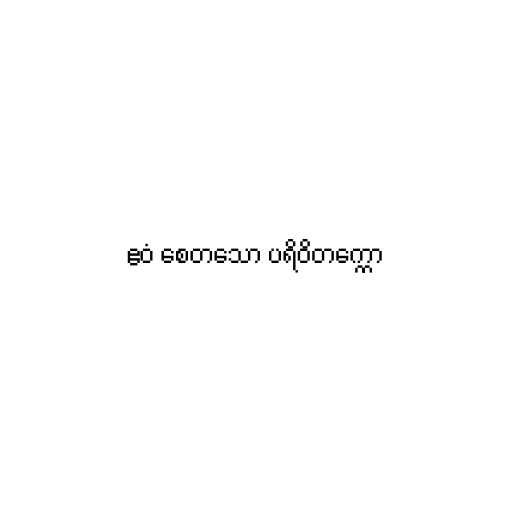
ဧဝံ စေတသော ပရိဝိတက္ကော